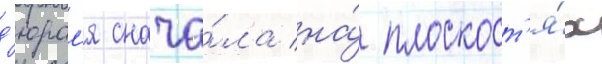
д'юрал'я снача́ла на́ плоскост'я́х